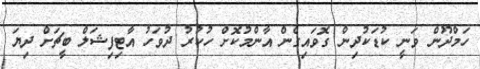
ހަމްދޫން ވަނީ ކުޑަކުދިން ގޮވައިގެން އާންމުކޮށް ހުކުރު ދުވަހު އާޓިފިޝަލް ބީޗަށް ދިޔަ